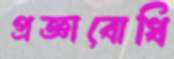
প্রজ্ঞাবোধি